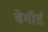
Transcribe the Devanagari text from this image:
वेगॉर्ड